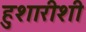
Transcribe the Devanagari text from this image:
हुशारीशी